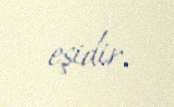
eşidir.